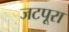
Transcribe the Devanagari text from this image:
जटपूरा